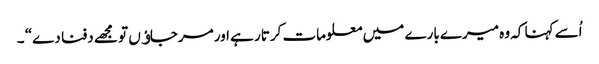
اُسے کہنا کہ وہ میرے بارے میں معلومات کرتار ہے اور مرجاﺅں تو مجھے دفنا دے“ ۔